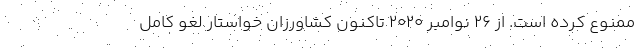
ممنوع کرده است. از ۲۶ نوامبر ۲۰۲۰ تاکنون کشاورزان خواستار لغو کامل